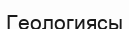
Геологиясы